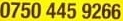
0750 445 9266